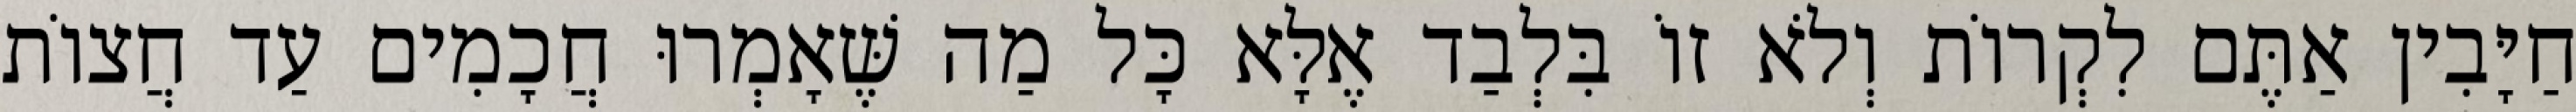
חַיָּבִין אַתֶּם לִקְרוֹת וְלֹא זוֹ בִּלְבַד אֶלָּא כָּל מַה שֶּׁאָמְרוּ חֲכָמִים עַד חֲצוֹת